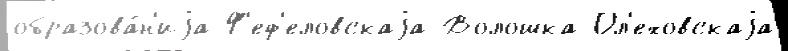
образова́н'иjа Ф'еф'еловскаjа Волошка Ол'еховскаjа